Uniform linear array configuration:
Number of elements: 12
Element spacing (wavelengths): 0.25
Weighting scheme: hann
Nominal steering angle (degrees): -15
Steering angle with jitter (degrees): -13.959
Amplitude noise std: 0.05
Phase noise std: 0.05

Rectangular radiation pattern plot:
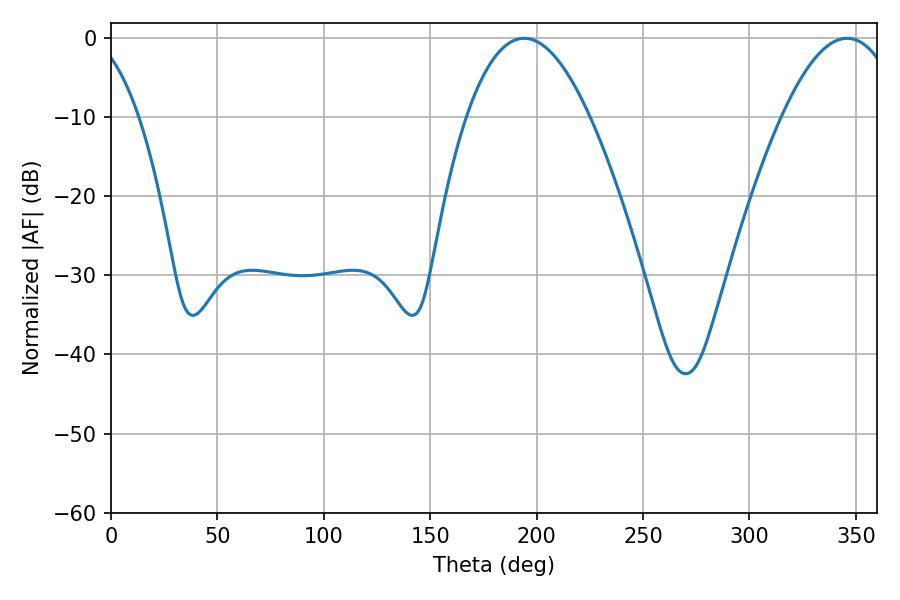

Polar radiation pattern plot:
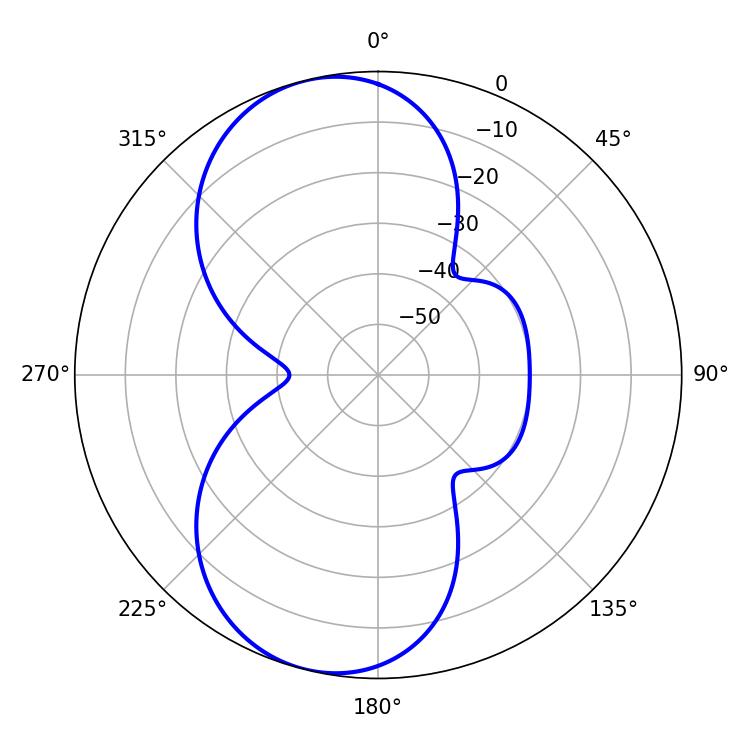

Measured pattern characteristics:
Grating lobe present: FALSE
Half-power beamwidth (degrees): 31.86
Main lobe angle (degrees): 194.04